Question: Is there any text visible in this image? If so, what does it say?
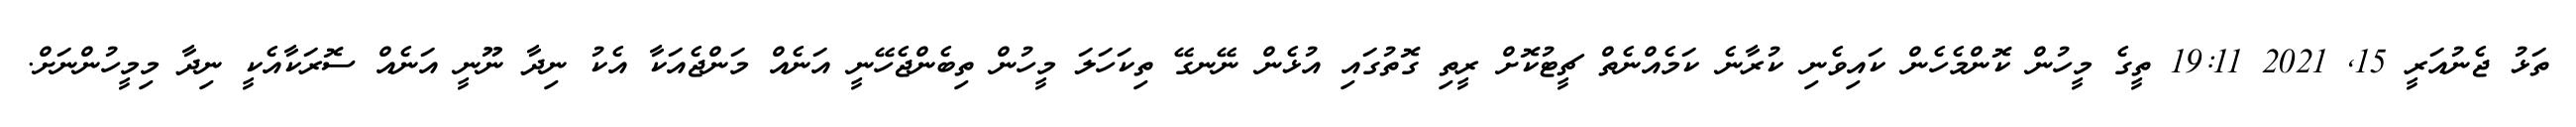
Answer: ތަޅު ޖެނުއަރީ 15, 2021 19:11 ތީގެ މީހުން ކޮންމެހެން ކައިވެނި ކުރާނެ ކަމެއްނެތް ޗީޓުކޮށް ރީތި ގޮތުގައި އުޅެން ނޭނގޭ ތިކަހަލަ މީހުން ތިބެންޖެހޭނީ އަނެއް މަންޖެއަކާ އެކު ނިދާ ނޫނީ އަނެއް ސޮރަކާއެކީ ނިދާ މިމީހުންނަށް.